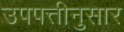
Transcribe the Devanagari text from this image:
उपपत्तीनुसार